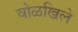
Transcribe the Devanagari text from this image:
वोळखिले